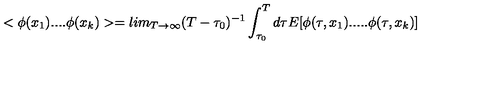
< \phi ( x _ { 1 } ) . . . . \phi ( x _ { k } ) > = l i m _ { T \rightarrow \infty } ( T - \tau _ { 0 } ) ^ { - 1 } \int _ { \tau _ { 0 } } ^ { T } d \tau E [ \phi ( \tau , x _ { 1 } ) . . . . . \phi ( \tau , x _ { k } ) ]